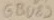
Text: GBU89